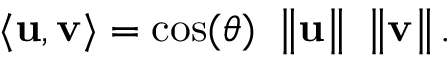
\langle \mathbf { u } , \mathbf { v } \rangle = \cos ( \theta ) \ \left\| \mathbf { u } \right\| \ \left\| \mathbf { v } \right\| .